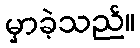
မှာခဲ့သည်။